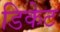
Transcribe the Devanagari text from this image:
डिकेट